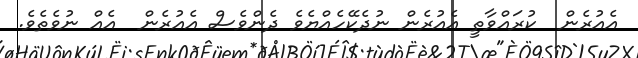
އެއުރެން  ކުރައްވާތީ އެއުރެން ނުދެކޭހެއްޔެވެ ދެންވެސް އެއުރެން  އެއް ނުވެެތެވެ.